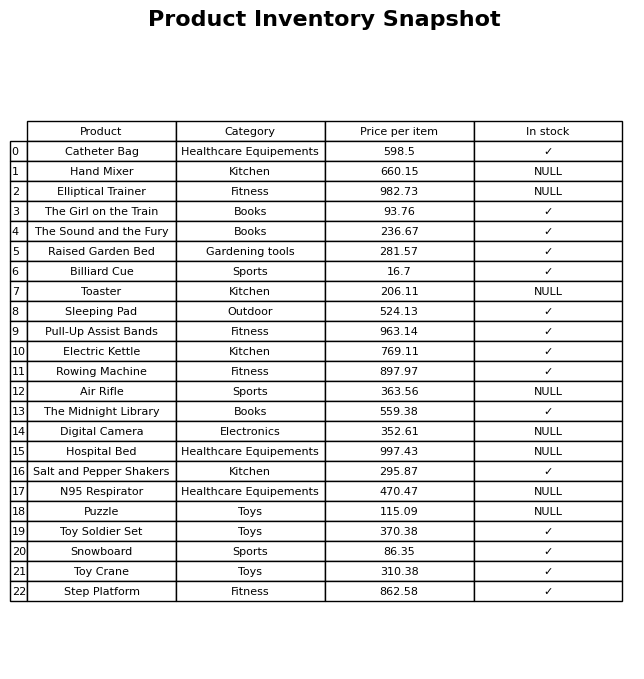
question: What is the price for Electric Kettle?
answer: The price of Electric Kettle is 769.11.